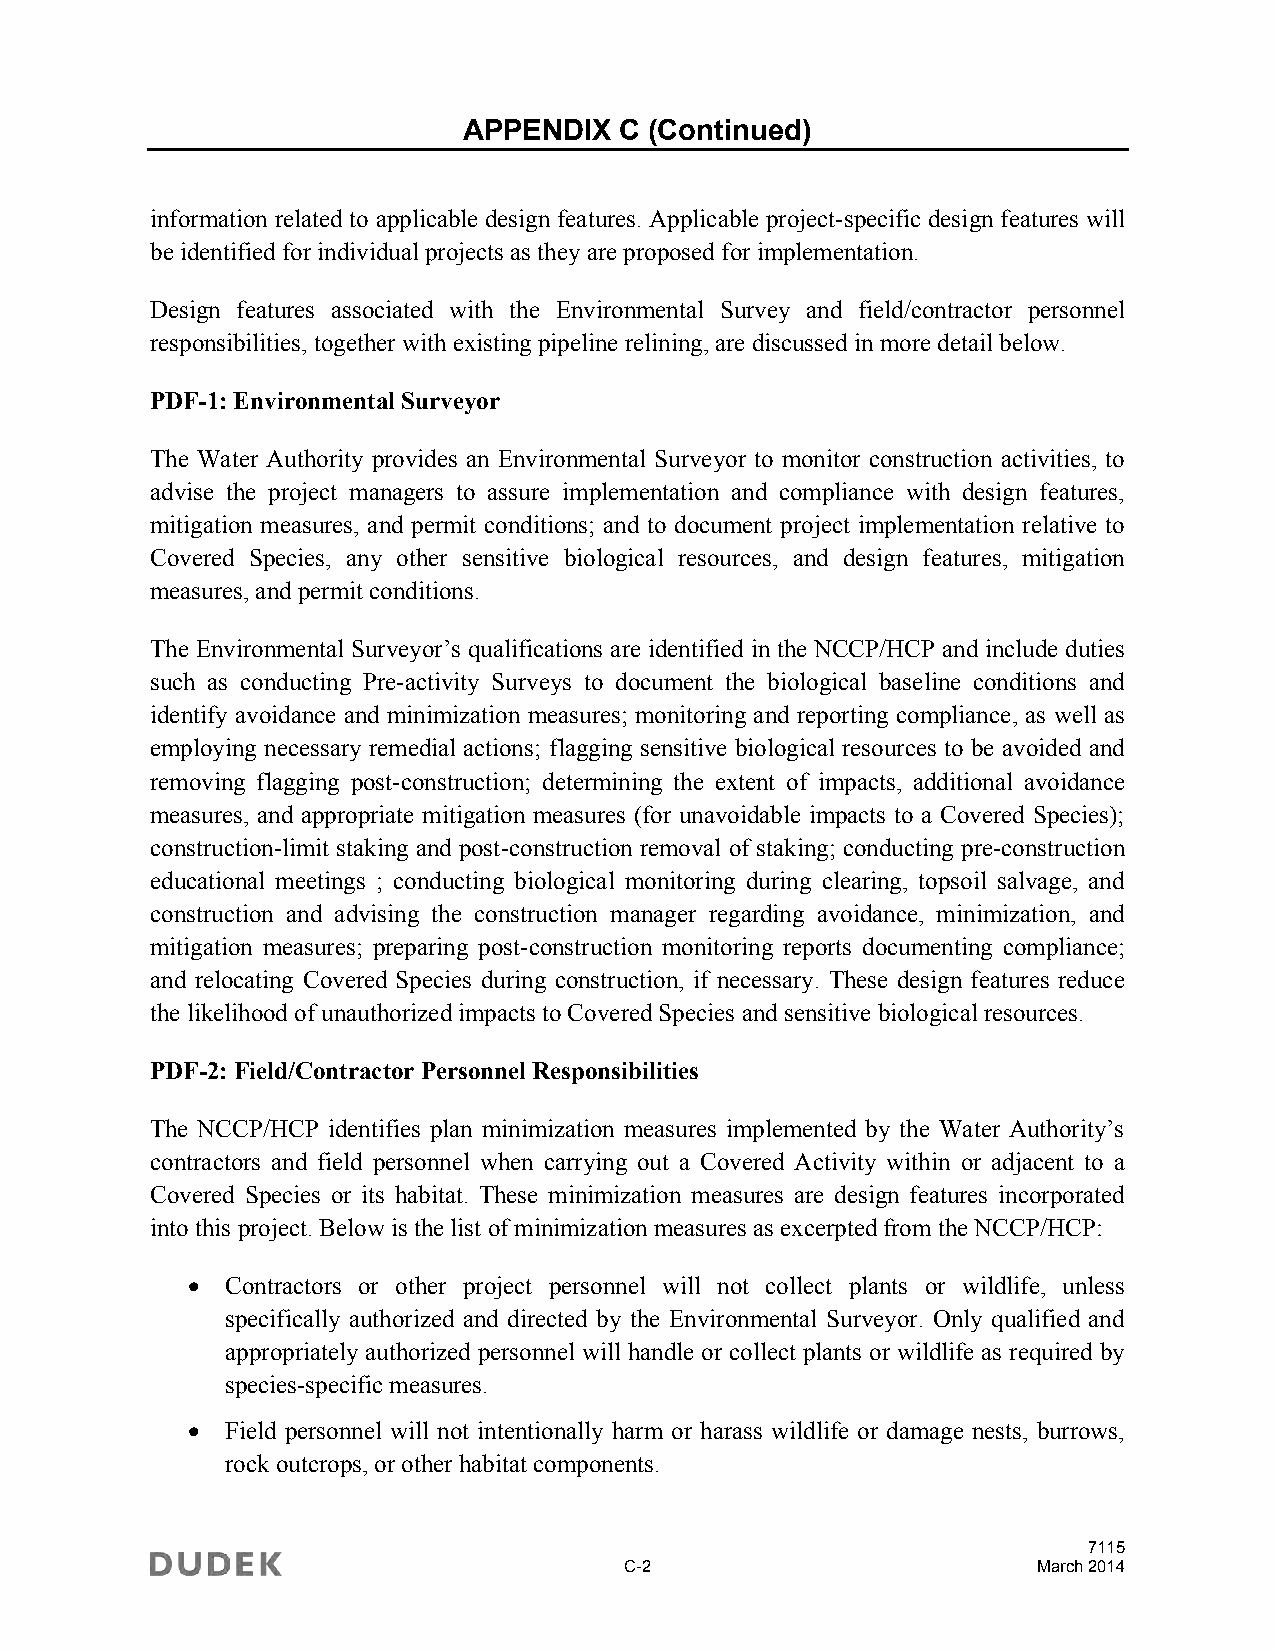
APPENDIX  C (Continued)
 information related to applicable design features. Applicable project-specific design features will
 be identified for individual projects as they are proposed for implementation.
 Design features associated with the Environmental Survey and field/contractor personnel
 responsibilities, together with existing pipeline relining, are discussed in more detail below.
 PDF-1: Environmental Surveyor
 The Water Authority provides an Environmental Surveyor to monitor construction activities, to
 advise the project managers to assure implementation and compliance with design features,
 mitigation measures, and permit conditions; and to document project implementation relative to
 Covered Species, any other sensitive biological resources, and design features, mitigation
 measures, and permit conditions.
 The Environmental Surveyor’s qualifications are identified in the NCCP/HCP and include duties
 such as conducting Pre-activity Surveys to document the biological baseline conditions and
 identify avoidance and minimization measures; monitoring and reporting compliance, as well as
 employing necessary remedial actions; flagging sensitive biological resources to be avoided and
 removing flagging post-construction; determining the extent of impacts, additional avoidance
 measures, and appropriate mitigation measures (for unavoidable impacts to a Covered Species);
 construction-limit staking and post-construction removal of staking; conducting pre-construction
 educational meetings ; conducting biological monitoring during clearing, topsoil salvage, and
 construction and advising the construction manager regarding avoidance, minimization, and
 mitigation measures; preparing post-construction monitoring reports documenting compliance;
 and relocating Covered Species during construction, if necessary. These design features reduce
 the likelihood of unauthorized impacts to Covered Species and sensitive biological resources.
 PDF-2: Field/Contractor Personnel Responsibilities
 The NCCP/HCP identifies plan minimization measures implemented by the Water Authority’s
 contractors and field personnel when carrying out a Covered Activity within or adjacent to a
 Covered Species or its habitat. These minimization measures are design features incorporated
 into this project. Below is the list of minimization measures as excerpted from the NCCP/HCP:
   Contractors or other project personnel will not collect plants or wildlife, unless
 specifically authorized and directed by the Environmental Surveyor. Only qualified and
 appropriately authorized personnel will handle or collect plants or wildlife as required by
 species-specific measures.
   Field personnel will not intentionally harm or harass wildlife or damage nests, burrows,
 rock outcrops, or other habitat components.
 7115
 C-2                         March 2014